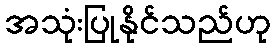
အသုံးပြုနိုင်သည်ဟု